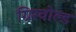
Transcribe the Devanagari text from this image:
ग्रिस्वोल्ड